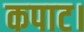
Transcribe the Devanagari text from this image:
कपाट।